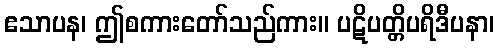
ဧသာပန၊ ဤစကားတော်သည်ကား။ ပဋိပတ္တိပရိဒီပနာ၊